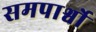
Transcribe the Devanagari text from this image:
समपार्श्वो